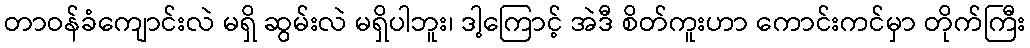
တာဝန်ခံကျောင်းလဲ မရှိ ဆွမ်းလဲ မရှိပါဘူး၊ ဒါ့ကြောင့် အဲဒီ စိတ်ကူးဟာ ကောင်းကင်မှာ တိုက်ကြီး